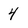
Character: 4